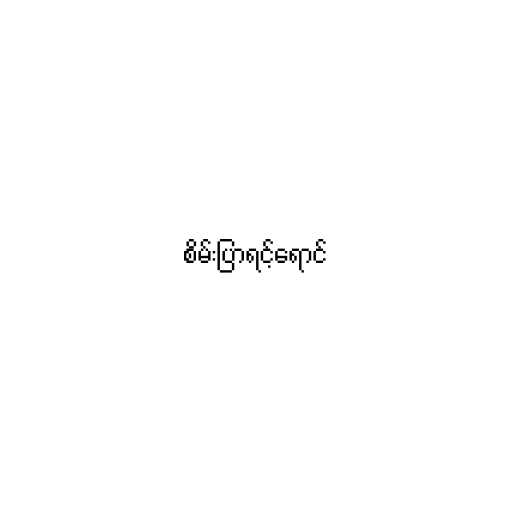
စိမ်းပြာရင့်ရောင်